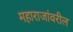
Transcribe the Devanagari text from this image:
महाराजांवरील